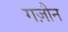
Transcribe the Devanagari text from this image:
गज़ीन